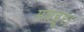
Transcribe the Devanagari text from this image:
मशहूर।